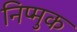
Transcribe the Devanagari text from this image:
निप्मुक